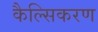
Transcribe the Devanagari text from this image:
कैल्सिकरण